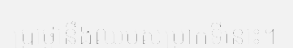
ប្រាថ្នានឹងឈប់សម្រាកទីនោះ។